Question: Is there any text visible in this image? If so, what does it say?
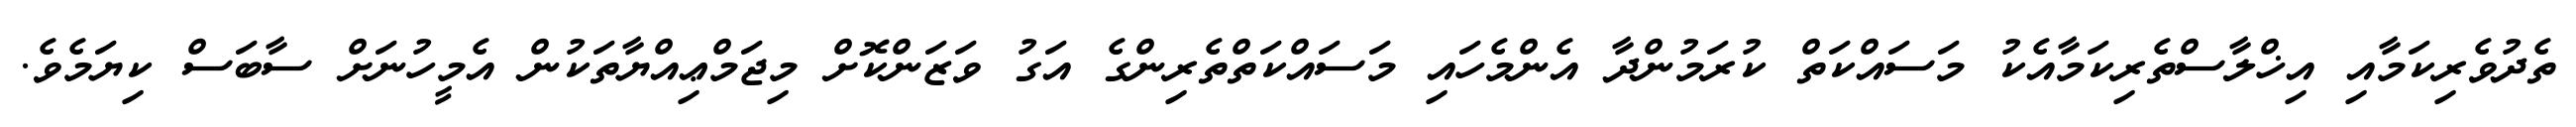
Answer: ތެދުވެރިކަމާއި އިޚްލާސްތެރިކަމާއެކު މަސައްކަތް ކުރަމުންދާ އެންމެހައި މަސައްކަތްތެރިންގެ އަގު ވަޒަންކޮށް މިޖަމްޢިއްޔާތަކުން އެމީހުނަށް ސާބަސް ކިޔަމެވެ.